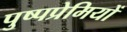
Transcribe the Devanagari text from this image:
पुष्पप्रेमियों